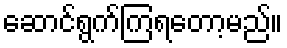
ဆောင်ရွက်ကြရတော့မည်။